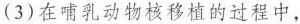
(3)在哺乳动物核移植的过程中，